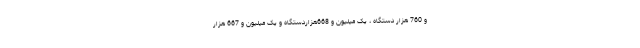
و 760 هزار دستگاه ، یک میلیون و 668هزاردستگاه و یک میلیون و 667 هزار